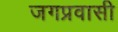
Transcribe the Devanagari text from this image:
जगप्रवासी